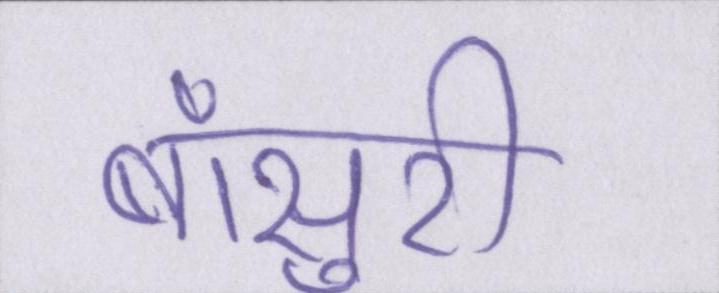
बाँसुरी